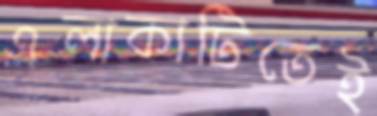
এলাকাটিতেই